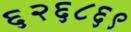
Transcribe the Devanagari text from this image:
६२६८६९